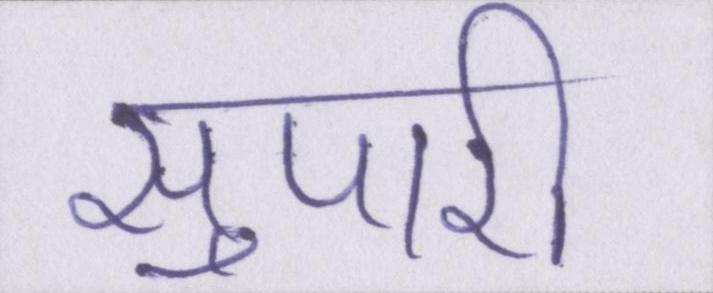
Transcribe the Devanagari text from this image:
सुपारी